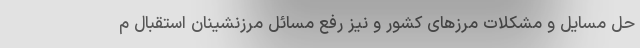
حل مسایل و مشکلات مرزهای کشور و نیز رفع مسائل مرزنشینان استقبال م